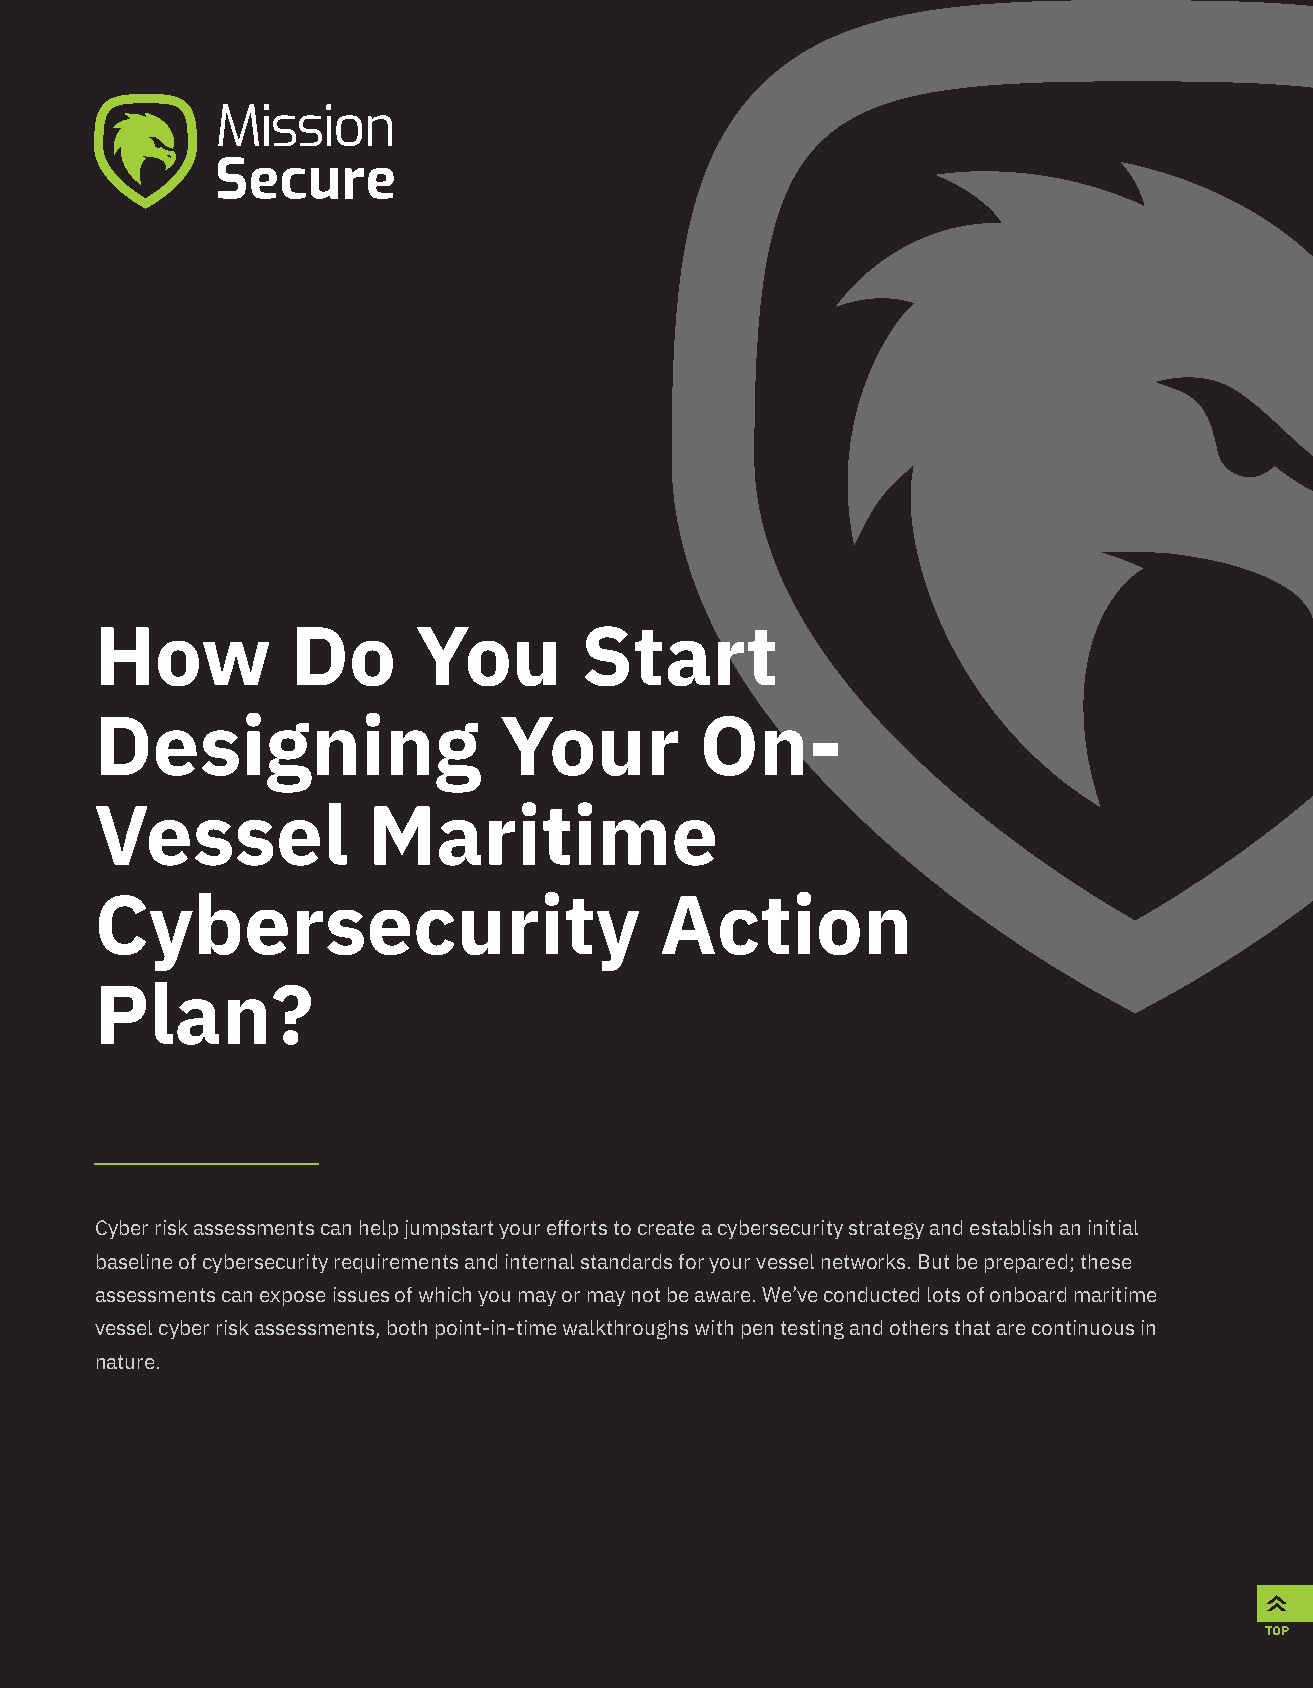
How          Do       You       Start
 Designing                  Your         On-
 Vessel            Maritime
 Cybersecurity                         Action
 Plan?
 Cyber risk assessments can help jumpstart your efforts to create a cybersecurity strategy and establish an initial
 baseline of cybersecurity requirements and internal standards for your vessel networks. But be prepared; these
 assessments can expose issues of which you may or may not be aware. We’ve conducted lots of onboard maritime
 vessel cyber risk assessments, both point-in-time walkthroughs with pen testing and others that are continuous in
 nature.
 TOP